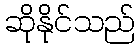
ဆိုနိုင်သည်